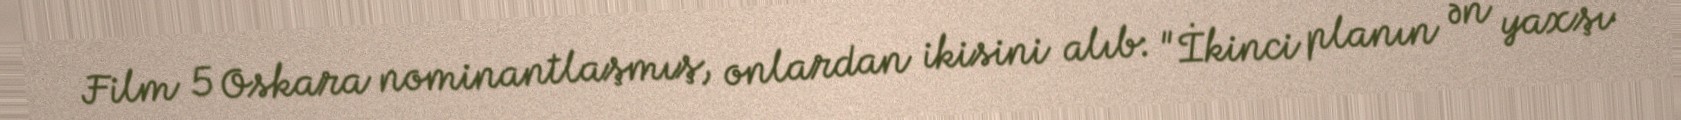
Film 5 Oskara nominantlaşmış, onlardan ikisini alıb: "İkinci planın ən yaxşı